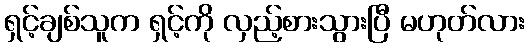
ရှင့်ချစ်သူက ရှင့်ကို လှည့်စားသွားပြီ မဟုတ်လား